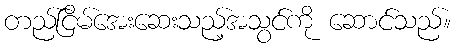
တည်ငြိမ်အေးဆေးသည့်အသွင်ကို ဆောင်သည်။